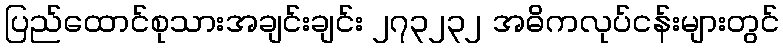
ပြည်ထောင်စုသားအချင်းချင်း ၂၇၃၂၃၂ အဓိကလုပ်ငန်းများတွင်